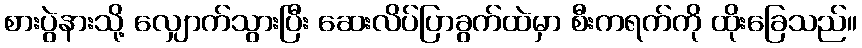
စားပွဲနားသို့ လျှောက်သွားပြီး ဆေးလိပ်ပြာခွက်ထဲမှာ စီးကရက်ကို ထိုးခြေသည်။